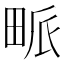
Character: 𤱰